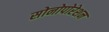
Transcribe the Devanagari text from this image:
सोनोपोरेशन